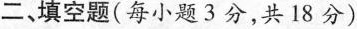
二、填空题(每小题3分，共18分)